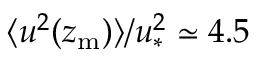
\langle u ^ { 2 } ( z _ { \mathrm { m } } ) \rangle / u _ { \ast } ^ { 2 } \simeq 4 . 5